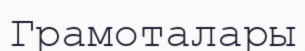
Грамоталары